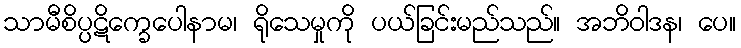
သာမီစိပ္ပဋိက္ခေပေါနာမ၊ ရိုသေမှုကို ပယ်ခြင်းမည်သည်။ အဘိဝါဒန၊ ပေ။